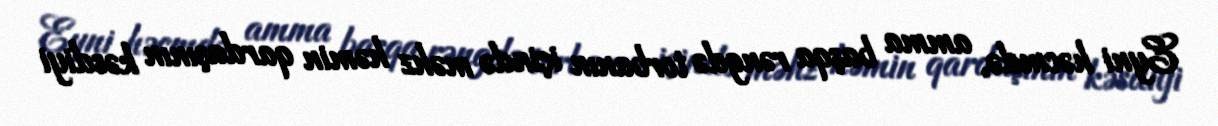
Eyni həcmdə, amma başqa rəngdə torbanın içində məhz həmin qardaşının kəsdiyi